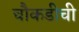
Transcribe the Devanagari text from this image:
चौकडीची